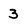
Character: 3